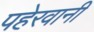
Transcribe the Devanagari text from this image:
पहेरवानी